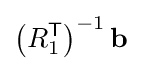
\left(R_{1}^{\textsf {T}}\right)^{-1}\mathbf {b}